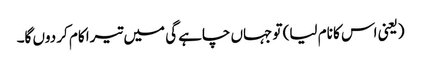
(یعنی اس کا نام لیا) تو جہاں چاہے گی میں تیرا کام کر دوں گا۔